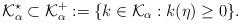
LaTeX: \begin{align*} \mathcal{K}^\star_\alpha \subset \mathcal{K}_{\alpha}^{+} :=\{ k\in\mathcal{K}_\alpha: k(\eta ) \geq 0\}.\end{align*}